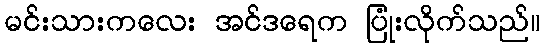
မင်းသားကလေး အင်ဒရေက ပြုံးလိုက်သည်။